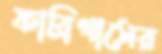
ফাব্রিগাসের